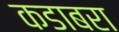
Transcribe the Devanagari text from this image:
कडाबरा